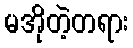
မအိုတဲ့တရား